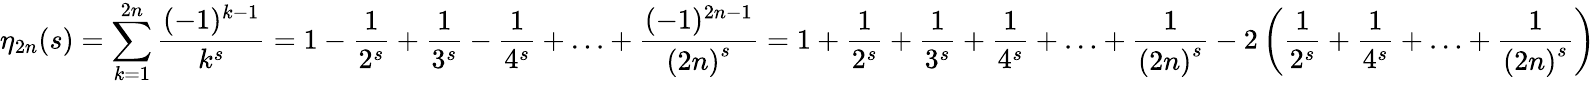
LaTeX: \eta_{2n}(s)=\sum_{k=1}^{2n}{\frac{(-1)^{k-1}}{k^{s}}}=1-{\frac{1}{2^{s}}}+{\frac{1}{3^{s}}}-{\frac{1}{4^{s}}}+\ldots+{\frac{(-1)^{2n-1}}{{(2n)}^{s}}}=1+{\frac{1}{2^{s}}}+{\frac{1}{3^{s}}}+{\frac{1}{4^{s}}}+\ldots+{\frac{1}{{(2n)}^{s}}}-2\left({\frac{1}{2^{s}}}+{\frac{1}{4^{s}}}+\ldots+{\frac{1}{{(2n)}^{s}}}\right)